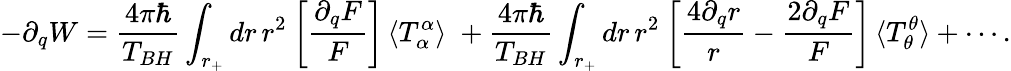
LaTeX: -\partial_{q}W=\frac{4\pi\hbar}{T_{BH}}\int_{r_{+}}dr\, r^{2}\: \biggl[\frac{\partial_{q}F}{F}\biggr]\, \langle T_{\alpha}^{\alpha}\rangle\; +\frac{4\pi\hbar}{T_{BH}}\int_{r_{+}}dr\, r^{2}\: \biggl[\frac{4\partial_{q}r}{r}-\frac{2\partial_{q}F}{F}\biggr]\, \langle T_{\theta}^{\theta}\rangle+\cdots.